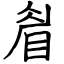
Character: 睂